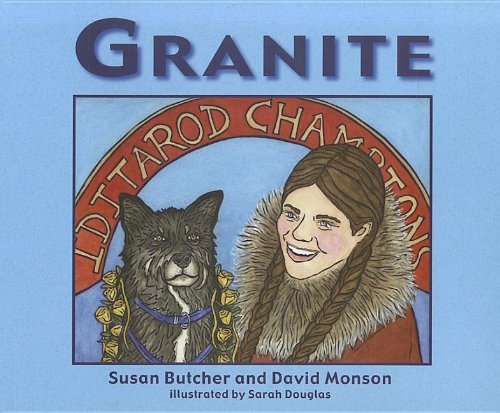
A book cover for Granite; Susan Butcher; Sports & Outdoors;